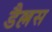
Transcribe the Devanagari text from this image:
डैल्लस